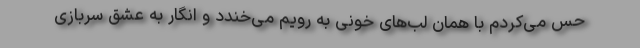
حس می‌کردم با همان لب‌های خونی به رویم می‌خندد و انگار به عشق سربازی